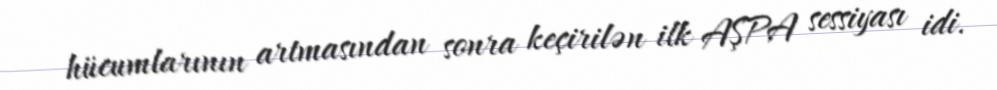
hücumlarının artmasından sonra keçirilən ilk AŞPA sessiyası idi.